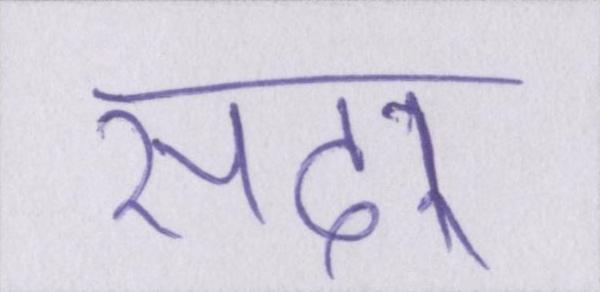
सदर